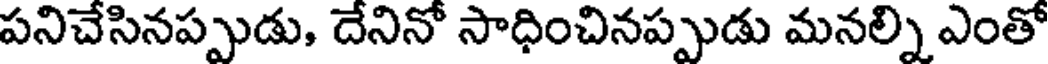
పనిచేసినప్పుడు, దేనినో సాధించినప్పుడు మనల్ని ఎంతో